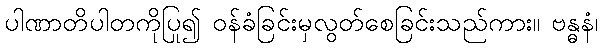
ပါဏာတိပါတကိုပြု၍ ဝန်ခံခြင်းမှလွတ်စေခြင်းသည်ကား။ ဗန္ဓနံ၊